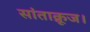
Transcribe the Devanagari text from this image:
सांताक्रूज।